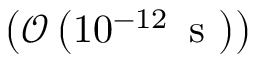
\left( \mathcal { O } \left( 1 0 ^ { - 1 2 } \, \mathrm { ~ s ~ } \right) \right)